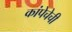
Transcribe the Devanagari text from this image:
कांपेचेची